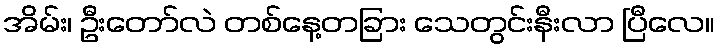
အိမ်း၊ ဦးတော်လဲ တစ်နေ့တခြား သေတွင်းနီးလာ ပြီလေ။